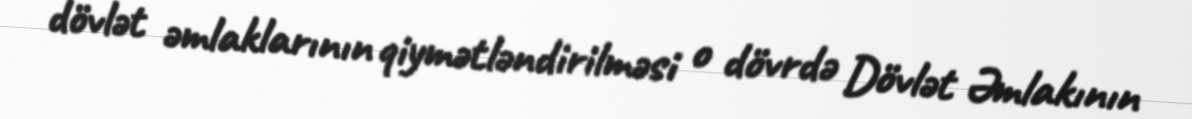
dövlət əmlaklarının qiymətləndirilməsi o dövrdə Dövlət Əmlakının